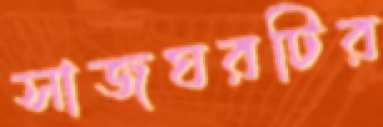
সাজঘরটির